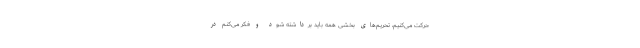
حرکت می‌کنیم، تحریم‌های بخشی همه باید برداشته شود و فکر می‌کنم در